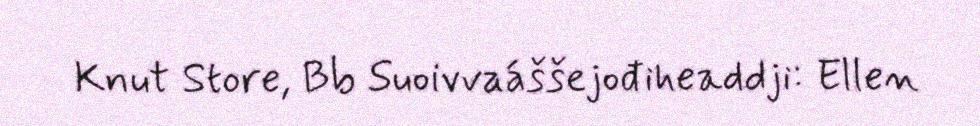
Knut Store, Bb Suoivvaáššejođiheaddji: Ellen